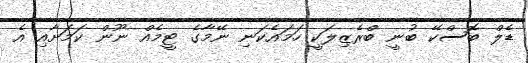
ޑެލް ބޮސްކޭ ބުނީ ބްރެޒިލަކީ ހަމައެކަނި ނޭމާގެ ޓީމެއް ނޫން ކަމަށާއި އެ